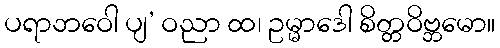
ပရာဘဝေါ ပျ’ ဝညာ ထ၊ ဥမ္မာဒေါ စိတ္တဝိဗ္ဘမော။